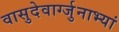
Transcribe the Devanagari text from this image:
वासुदेवार्ग्जुनाभ्यां